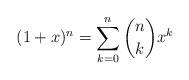
\begin{align*} (1+x)^n = \sum_{k=0}^n \binom{n}{k}x^k\end{align*}